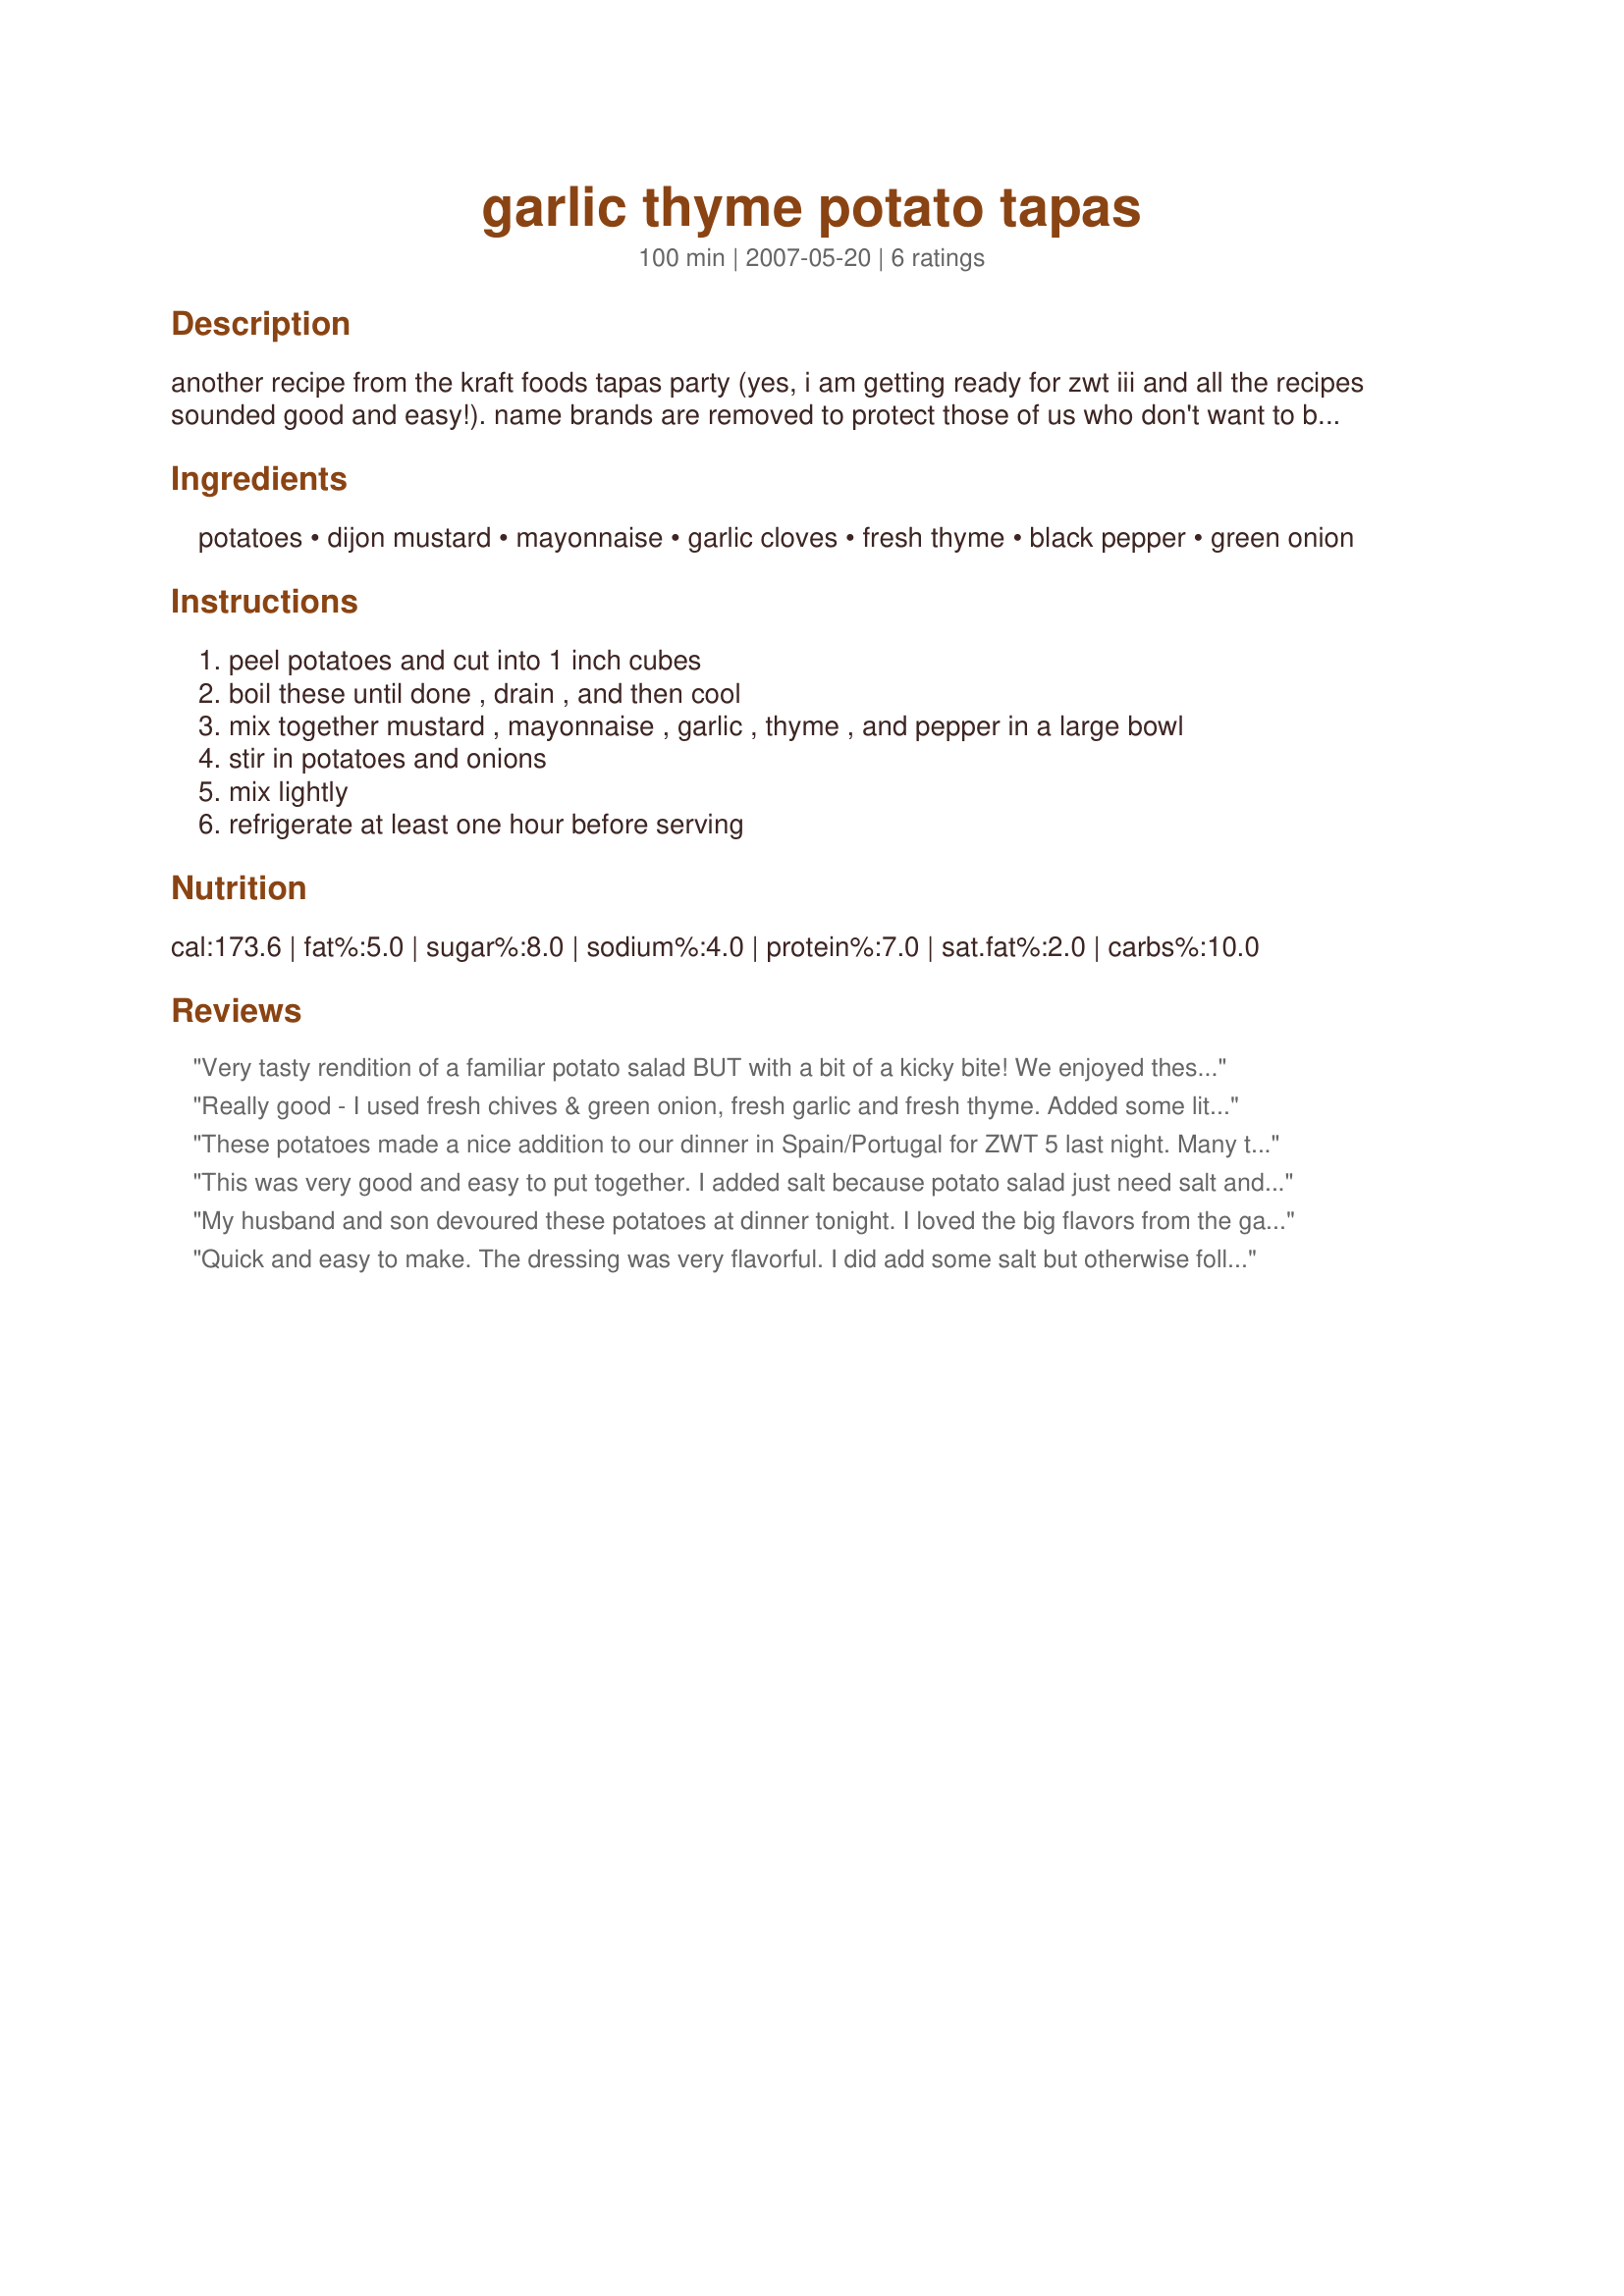
garlic thyme potato tapas
Preparation time: 100 minutes

another recipe from the kraft foods tapas party (yes, i am getting ready for zwt iii and all the recipes sounded good and easy!). name brands are removed to protect those of us who don't want to buy their stuff! :) also modified because kf put too many of the instructions for their recipe in the ingredient list. so mine looks more complicated, but it's not. cook time includes refrigeration.

Ingredients:
potatoes, dijon mustard, mayonnaise, garlic cloves, fresh thyme, black pepper, green onion

Steps:
peel potatoes and cut into 1 inch cubes, boil these until done , drain , and then cool, mix together mustard , mayonnaise , garlic , thyme , and pepper in a large bowl, stir in potatoes and onions, mix lightly, refrigerate at least one hour before serving

Reviews:
Very tasty rendition of a familiar potato salad BUT with a bit of a kicky bite! We enjoyed these luke-warm and wondered how they'd be toasty hot and with some cheese on top? Hmm... I used an Amber Beer Mustard (as that was all the "spicy coarse 'stard I had on hand); DD didn't care for the little mustard seeds at all; however DH and I did. Served this with Recipe #371362 and Recipe #370954 for *ZWT 5 Tex Mex with the Groovy GastroGnomes*....we're on our way to the next hip destination!
Really good - I used fresh chives & green onion, fresh garlic and fresh thyme. Added some lite sour cream instead of only mayo which made it awesome (mayo flavor didn't overwhelm the fresh herbs).
These potatoes made a nice addition to our dinner in Spain/Portugal for ZWT 5 last night. Many thanks from the Genies of Gourmet! (-:
This was very good and easy to put together. I added salt because potato salad just need salt and plenty of pepper. Also minced onions are added to mine.
My husband and son devoured these potatoes at dinner tonight. I loved the big flavors from the garlic, thyme and mustard. One thing I did that was easy was to microwave the red potatoes. I quartered them, placed them in a glass container with 2 T. water. Then I cooked them 7 minutes (stirring once). It was a big time saver and they were perfectly tender. Thanks Scout, for a great recipe.
Quick and easy to make. The dressing was very flavorful. I did add some salt but otherwise followed the recipe.
